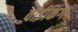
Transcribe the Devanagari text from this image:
वाईकिंग